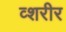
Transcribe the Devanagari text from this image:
व्शरीर